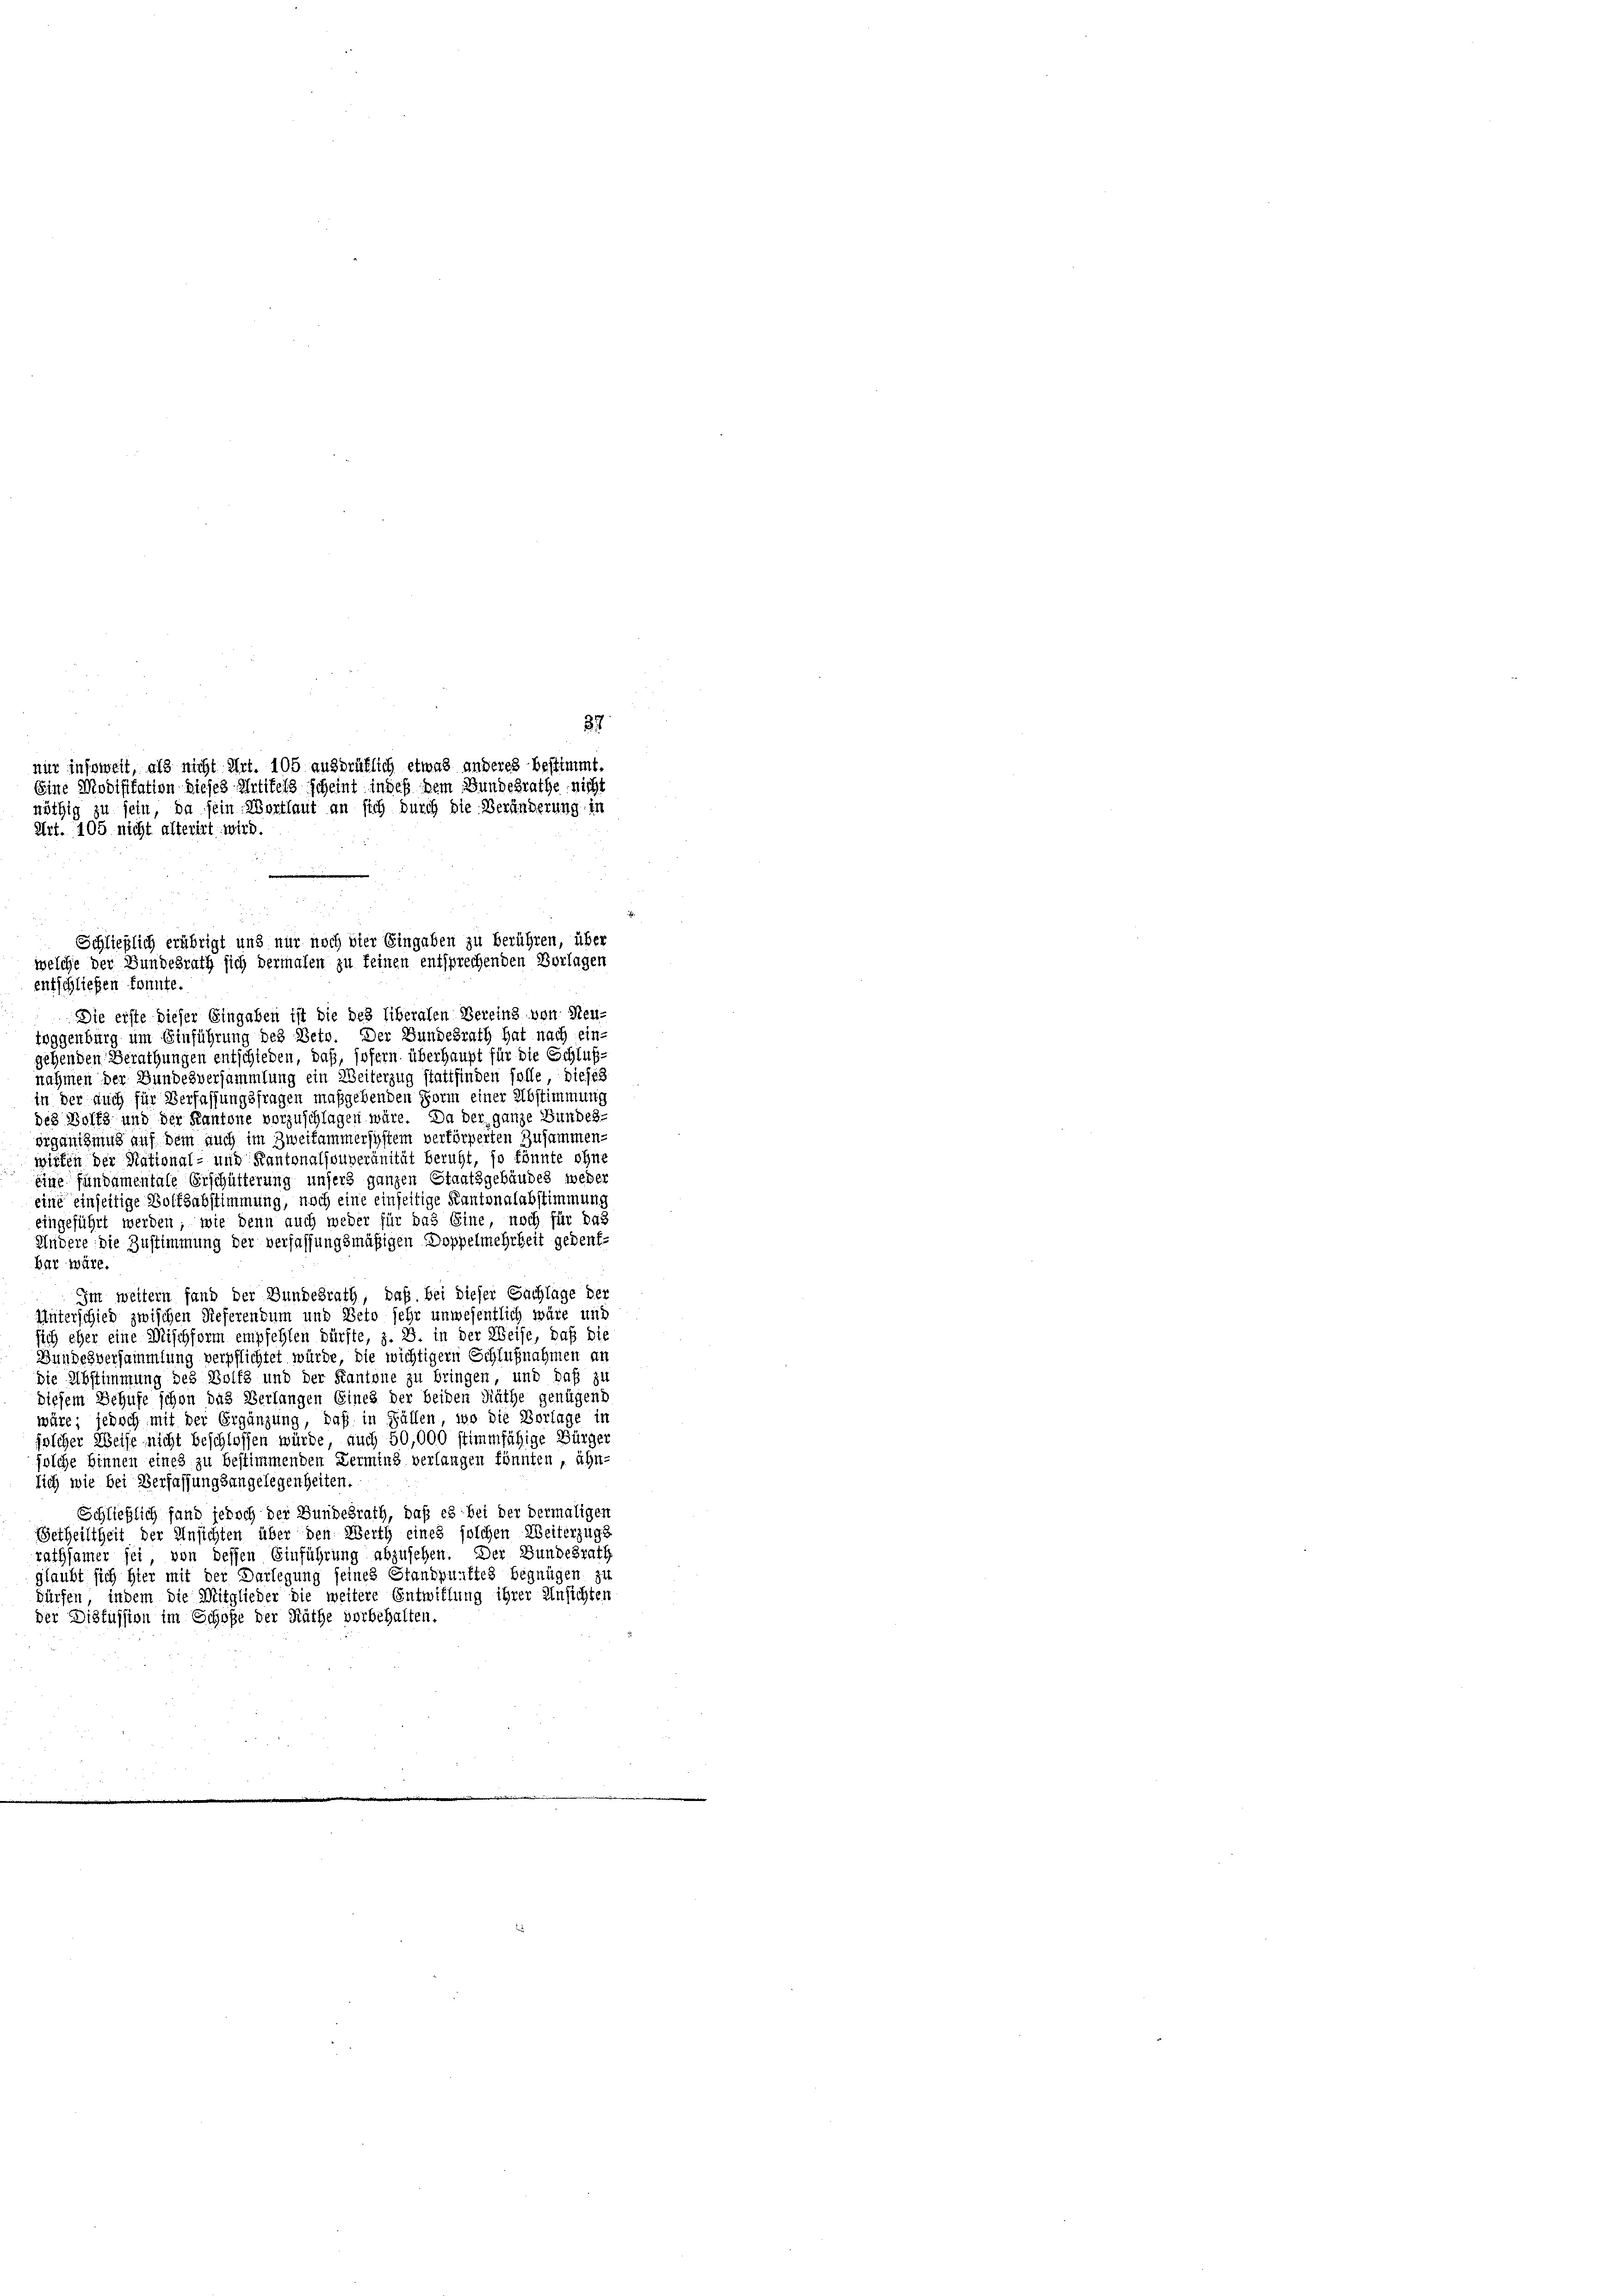
37
nur insoweit, als nicht Art. 105 ausdrüklich etwas anderes bestimmt.
Eine Modifikation dieses Artikels scheint in des dem Bundesrathe nicht
nöthig zu sein, da sein Wortlaut an sich durch die Veränderung in
Art. 105 nicht alterirt wird.

entschließen konnte.
Die erste dieser Eingaben ist die des liberalen Bereins von Steutoggenburg um Einführung des Beto. Der Bundesrath hat nach ein-
gehenden Berathungen entschieden, daß, sofern überhaupt für die Schlußnahmen der Bundesversammlung ein Weiterzug stattfinden solle, dieses
in der auch für Verfassungsfragen maßgebenden Form einer Abstimmung
des Wolfs und der Kantone vorzuschlagen wäre. Da der ganze Bundes-
organisiung auf dem auch im Zweifammersystem verförperten Zusammen-
wirten der National- und Kantonalsouveränität beruht, so könnte ohne
eine fundamentale Erschütterung unsers ganzen Staatsgebäudes weder
eine einseitige Volksabstimmung, noch eine einseitige Kantonalabstimmung
eingeführt werden, wie denn auch weder für das Eine, noch für das
Andere die Zustimmung der verfassungsmäßigen Doppelmehrheit gedenk¬
Bar wäre.
Im weitern fand der Bundesrath, daß bei dieser Sachläge der
Unterschied zwischen Referendum und Beto sehr unwesentlich wäre und
sich eher eine Mischform empfehlen dürfte, z. B. in der Weise, daß die
Bundesversammlung verpflichtet würde, die wichtiger Schlußnahmen an
die Abstimmung des Bolfz und der Kantone zu bringen, und daß zu
diesem Behufe schon das Verlangen Eines der beiden Räthe genügend
wäre; jedoch mit der Ergänzung, daß in Fällen, wo die Vorlage in
solcher Weise nicht beschlossen würde, auch 50,000 stimmfähige Bürger
solche Binnen eines zu bestimmenden Termins verlangen könnten, ähn-
lich wie bei Verfassungsangelegenheiten.
Schließlich fand jedoch der Bundesrath, daß es bei der vermaligen
Getheiltheit der Unsichten über den Werth eines solchen Weiterzugs
rathsamer sei, von dessen Einführung abzusehen. Der Bundesrath
glaubt sich hier mit der Darlegung seines Standpunktes begnügen zu
dürfen, indem die Mitglieder die weitere Entwillung ihrer Unsichten
der Disfussion im Schofe der Räthe vorbehalten.

Schließlich erübrigt und nur noch vier Eingaben zu berühren, über
welche der Bundesrath sich dermalen zu keinen entsprechenden Vorlagen